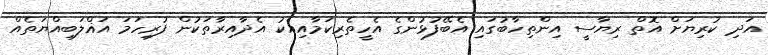
އަދި ކުރިޔަށް އޮތް ރިޔާސީ އިންތިހާބުގައި އެބޭފުޅުންގެ އެހީތެރިކަމާއިއެކު އެދާއިރާތަކުން ފުރިހަމަ އަޣްލަބިއްޔަތެއް